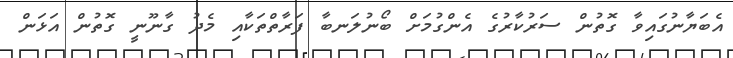
އެބަޔާނުގައިވާ ގޮތުން ސަރުކާރުގެ އެންގުމަށް ބޯނުލަނބާ ފަރާތްތަކާއި މެދު ގާނޫނީ ގޮތުން އަޅަން